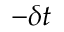
- \delta t